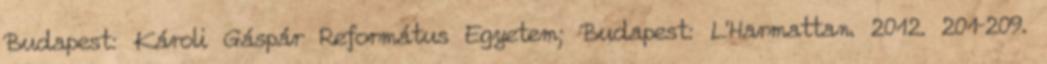
Budapest: Károli Gáspár Református Egyetem; Budapest: L'Harmattan. 2012. 201–209.